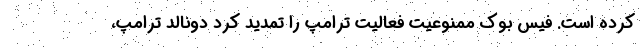
کرده است. فیس بوک ممنوعیت فعالیت ترامپ را تمدید کرد دونالد ترامپ،